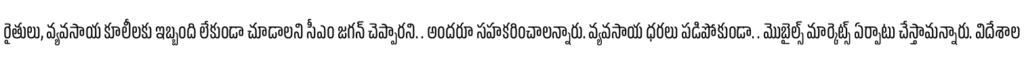
రైతులు, వ్యవసాయ కూలీలకు ఇబ్బంది లేకుండా చూడాలని సీఎం జగన్ చెప్పారని. . అందరూ సహకరించాలన్నారు. వ్యవసాయ ధరలు పడిపోకుండా. . మొబైల్స్ మార్కెట్స్ ఏర్పాటు చేస్తామన్నారు. విదేశాల